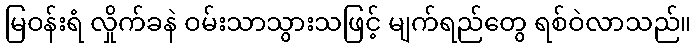
မြဝန်းရံ လှိုက်ခနဲ ဝမ်းသာသွားသဖြင့် မျက်ရည်တွေ ရစ်ဝဲလာသည်။